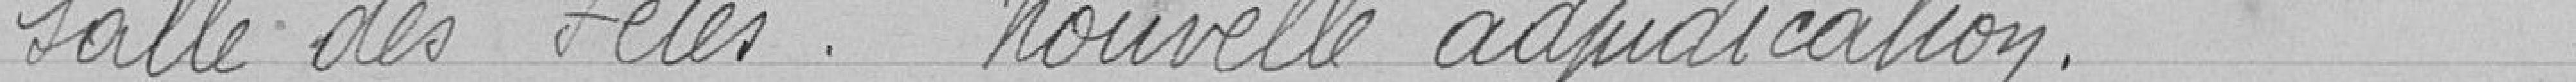
Salle de fêtes. Nouvelle adjudication.